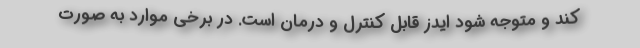
کند و متوجه شود ایدز قابل کنترل و درمان است. در برخی موارد به صورت